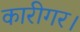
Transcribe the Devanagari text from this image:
कारीगर।